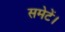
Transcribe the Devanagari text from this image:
समेटें।